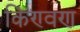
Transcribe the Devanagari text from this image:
किण्वण